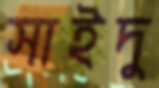
সাইদু